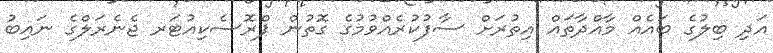
އަދި ބިލުގެ ބައެއް މާއްދާތައް އިތުރަށް ސާފުކުރެއްވުމުގެ ގޮތުން ޕްރޮސެކިއުޓަރ ޖެނެރަލްގެ ނައިބު